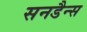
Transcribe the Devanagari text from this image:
सनडैन्स